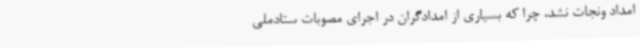
امداد ونجات نشد، چرا که بسیاری از امدادگران در اجرای مصوبات ستادملی